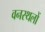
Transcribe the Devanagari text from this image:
वनस्थलों